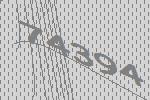
74394